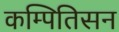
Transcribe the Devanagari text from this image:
कम्पितिसन